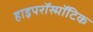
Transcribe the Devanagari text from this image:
हाइपरॉस्मॉटिक